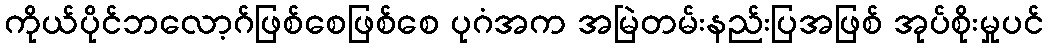
ကိုယ်ပိုင်ဘလော့ဂ်ဖြစ်စေဖြစ်စေ ပုဂံအက အမြဲတမ်းနည်းပြအဖြစ် အုပ်စိုးမှုပင်